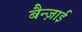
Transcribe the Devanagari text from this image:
बैन्ज़ाई